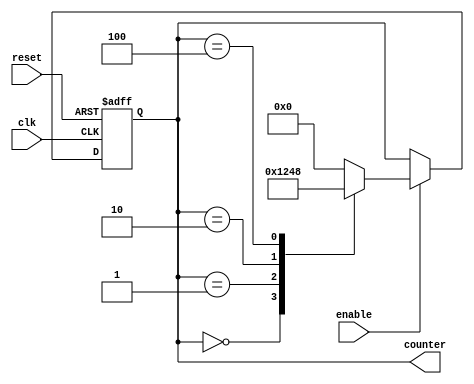
module ring_counter(
    input wire clk,
    input wire reset,
    input wire enable,
    output reg [3:0] counter
);

reg [3:0] next_state;

always @(posedge clk or posedge reset) begin
    if (reset)
        counter <= 4'b0000;
    else if (enable)
        counter <= next_state;
end

always @* begin
    case(counter)
        4'b0000: next_state = 4'b0001;
        4'b0001: next_state = 4'b0010;
        4'b0010: next_state = 4'b0100;
        4'b0100: next_state = 4'b1000;
        4'b1000: next_state = 4'b0000;
        default: next_state = 4'b0000;
    endcase
end

endmodule